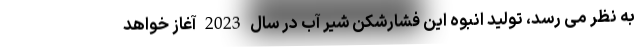
به نظر می رسد، تولید انبوه این فشارشکن شیر آب در سال 2023 آغاز خواهد